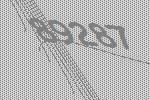
89287